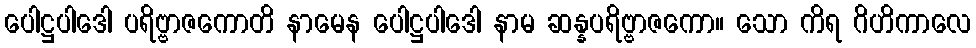
ပေါဋ္ဌပါဒေါ ပရိဗ္ဗာဇကောတိ နာမေန ပေါဋ္ဌပါဒေါ နာမ ဆန္နပရိဗ္ဗာဇကော။ သော ကိရ ဂိဟိကာလေ